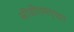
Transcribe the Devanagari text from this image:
सीडीएमएच्या